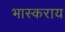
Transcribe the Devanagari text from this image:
भास्कराय